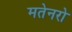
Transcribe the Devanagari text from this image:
मतेनरो